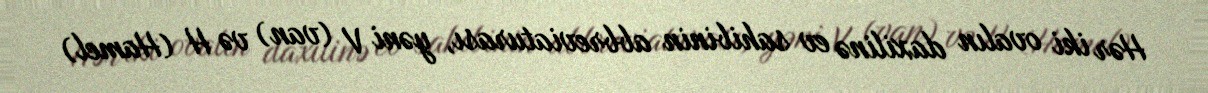
Hər iki ovalın daxilinə ev sahibinin abbreviaturası, yəni V (van) və H (Hamel)